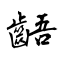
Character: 齬